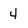
Character: 4